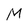
Character: M